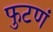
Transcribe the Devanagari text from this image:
फुटणं